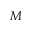
M